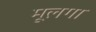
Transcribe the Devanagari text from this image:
मूलगा